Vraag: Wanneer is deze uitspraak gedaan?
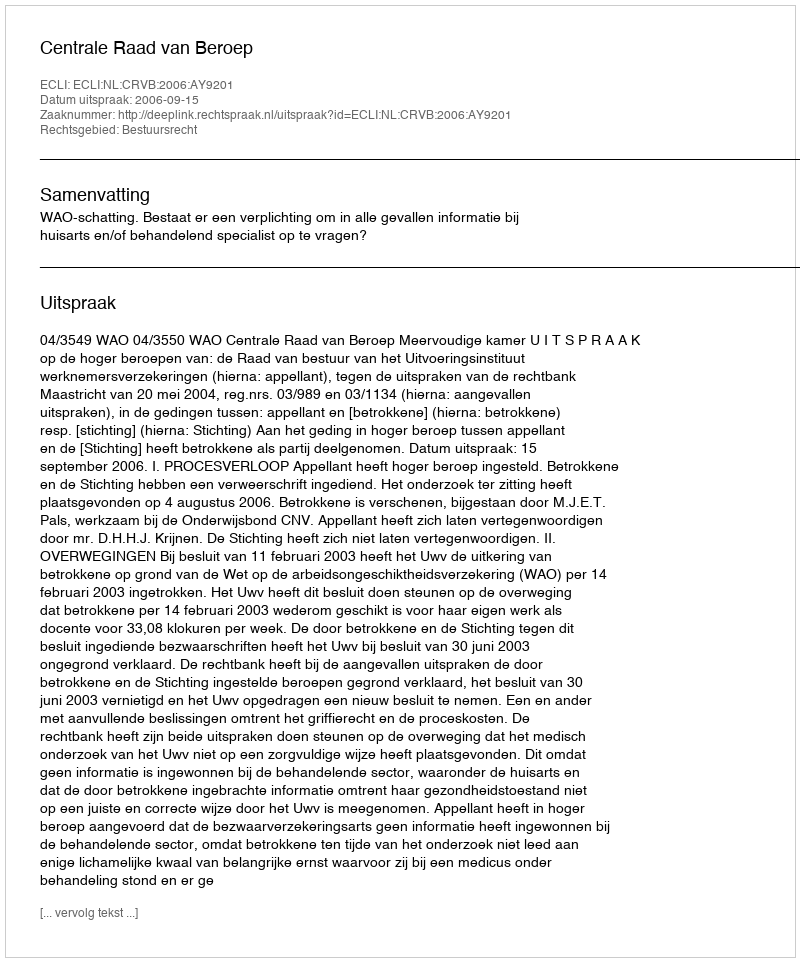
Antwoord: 2006-09-15